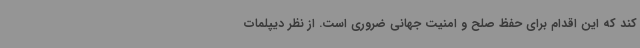
کند که این اقدام برای حفظ صلح و امنیت جهانی ضروری است. از نظر دیپلمات